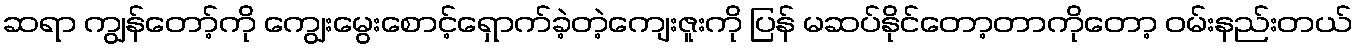
ဆရာ ကျွန်တော့်ကို ကျွေးမွေးစောင့်ရှောက်ခဲ့တဲ့ကျေးဇူးကို ပြန် မဆပ်နိုင်တော့တာကိုတော့ ဝမ်းနည်းတယ်